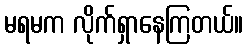
မရမက လိုက်ရှာနေကြတယ်။